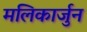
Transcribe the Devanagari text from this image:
मलिकार्जुन